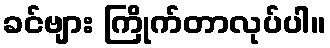
ခင်ဗျား ကြိုက်တာလုပ်ပါ။